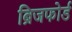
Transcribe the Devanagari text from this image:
ब्रिजफोर्ड